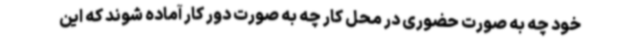
خود چه به صورت حضوری در محل کار چه به صورت دور کار آماده شوند که این